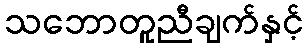
သဘောတူညီချက်နှင့်